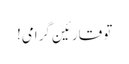
تو قارئین گرامی!